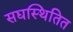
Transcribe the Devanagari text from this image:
सद्यस्थितित